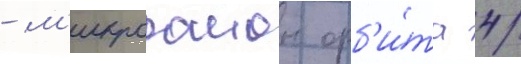
- м'икрораион орб'и́та 4